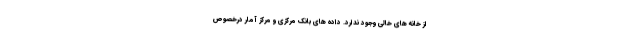
از خانه های خالی وجود ندارد. داده های بانک مرکزی و مرکز آمار درخصوص